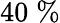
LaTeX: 40\; \%